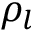
\rho _ { l }